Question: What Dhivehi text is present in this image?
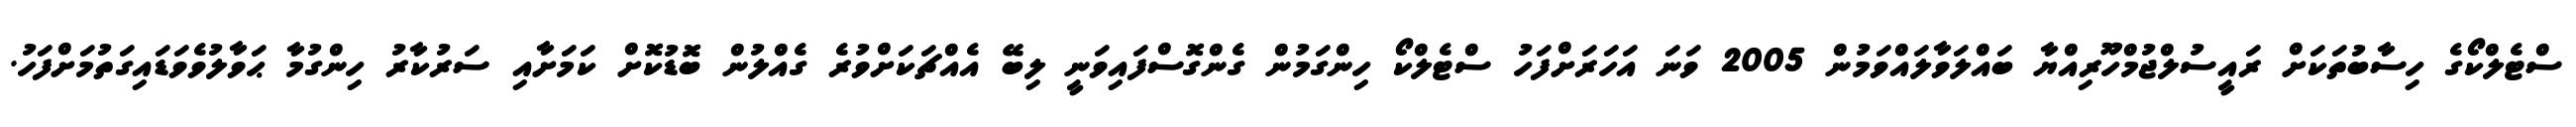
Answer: ސްޓެލްކޯގެ ހިސާބުތަކަށް ރައީސުލްޖުމްހޫރިއްޔާ ބައްލަވާލައްވަމުން 2005 ވަނަ އަހަރަށްފަހު ސްޓެލްކޯ ހިންގަމުން ގެންގޮސްފައިވަނީ ލިބޭ އެއްޗަކަށްވުރެ ގެއްލުން ބޮޑުކޮށް ކަމަށާއި ސަރުކާރު ހިންގުމާ ޙަވާލުވެވަޑައިގަތުމަށްފަހު.